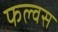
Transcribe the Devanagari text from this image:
फल्वस